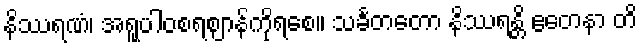
နိဿရဏံ၊ အရူပါဝစရဈာန်ကိုရစေ။ သင်္ခတတော နိဿရန္တိ ဧတေနာ တိ